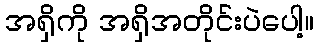
အရှိကို အရှိအတိုင်းပဲပေါ့။